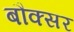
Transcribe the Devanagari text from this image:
बौक्सर